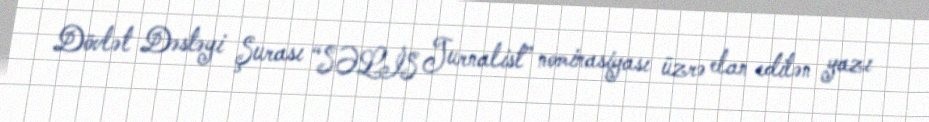
Dövlət Dəstəyi Şurası “SƏLİS Jurnalist” nominasiyası üzrə elan edilən yazı